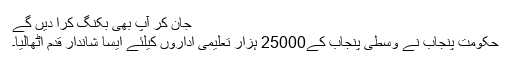
جان کر آپ بھی بکنگ کرا دیں گے
حکومت پنجاب نے وسطی پنجاب کے25000 ہزار تعلیمی اداروں کیلئے ایسا شاندار قدم اٹھالیا۔